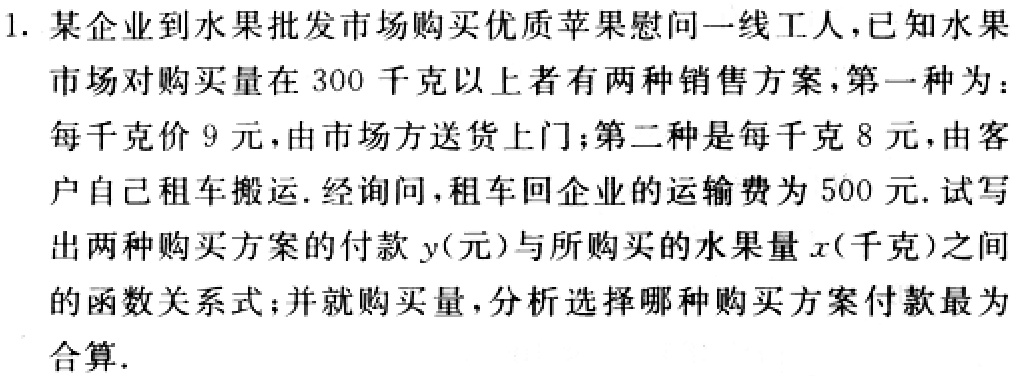
1. 某企业到水果批发市场购买优质苹果慰问一线工人，已知水果市场对购买量在 300 千克以上者有两种销售方案，第一种为：每千克价 9 元，由市场方送货上门；第二种是每千克 8 元，由客户自己租车搬运. 经询问，租车回企业的运输费为 500 元. 试写出两种购买方案的付款 \(y\)（元）与所购买的水果量 \(x\)（千克）之间的函数关系式；并就购买量，分析选择哪种购买方案付款最为合算.